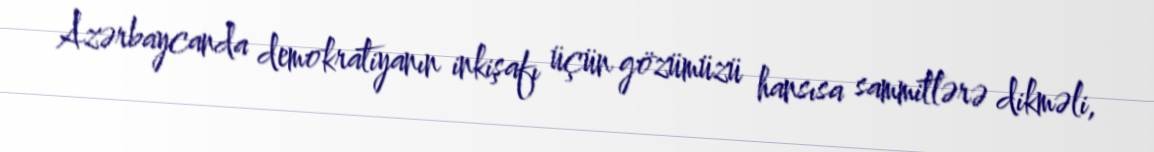
Azərbaycanda demokratiyanın inkişafı üçün gözümüzü hansısa sammitlərə dikməli,